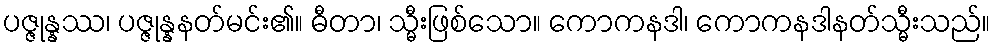
ပဇ္ဇုန္နဿ၊ ပဇ္ဇုန္နနတ်မင်း၏။ ဓီတာ၊ သ္မီးဖြစ်သော။ ကောကနဒါ၊ ကောကနဒါနတ်သ္မီးသည်။